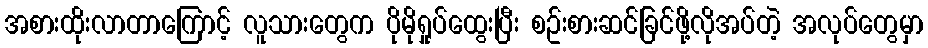
အစားထိုးလာတာကြောင့် လူသားတွေက ပိုမိုရှုပ်ထွေးပြီး စဥ်းစားဆင်ခြင်ဖို့လိုအပ်တဲ့ အလုပ်တွေမှာ